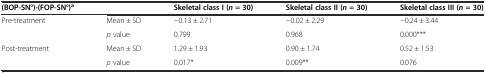
<table><thead><tr><td><b>(BOP-SN°)-(FOP-SN°)<sup>a</sup></b></td><td></td><td><b>Skeletal class I (<i>n</i>= 30)</b></td><td><b>Skeletal class II (<i>n</i>= 30)</b></td><td><b>Skeletal class III (<i>n</i>= 30)</b></td></tr></thead><tbody><tr><td rowspan="2">Pre-treatment</td><td>Mean ± SD</td><td>−0.13 ± 2.71</td><td>−0.02 ± 2.29</td><td>−0.24 ± 3.44</td></tr><tr><td><i>p</i> value</td><td>0.799</td><td>0.968</td><td>0.000***</td></tr><tr><td rowspan="2">Post-treatment</td><td>Mean ± SD</td><td>1.29 ± 1.93</td><td>0.90 ± 1.74</td><td>0.52 ± 1.53</td></tr><tr><td><i>p</i> value</td><td>0.017*</td><td>0.009**</td><td>0.076</td></tr></tbody></table>